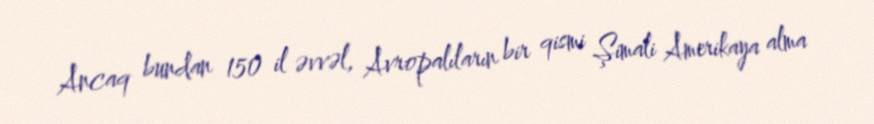
Ancaq bundan 150 il əvvəl, Avropalıların bir qismi Şimali Amerikaya alma